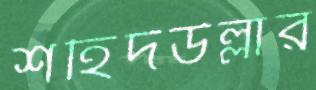
শহিদউল্লার